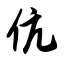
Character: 伉